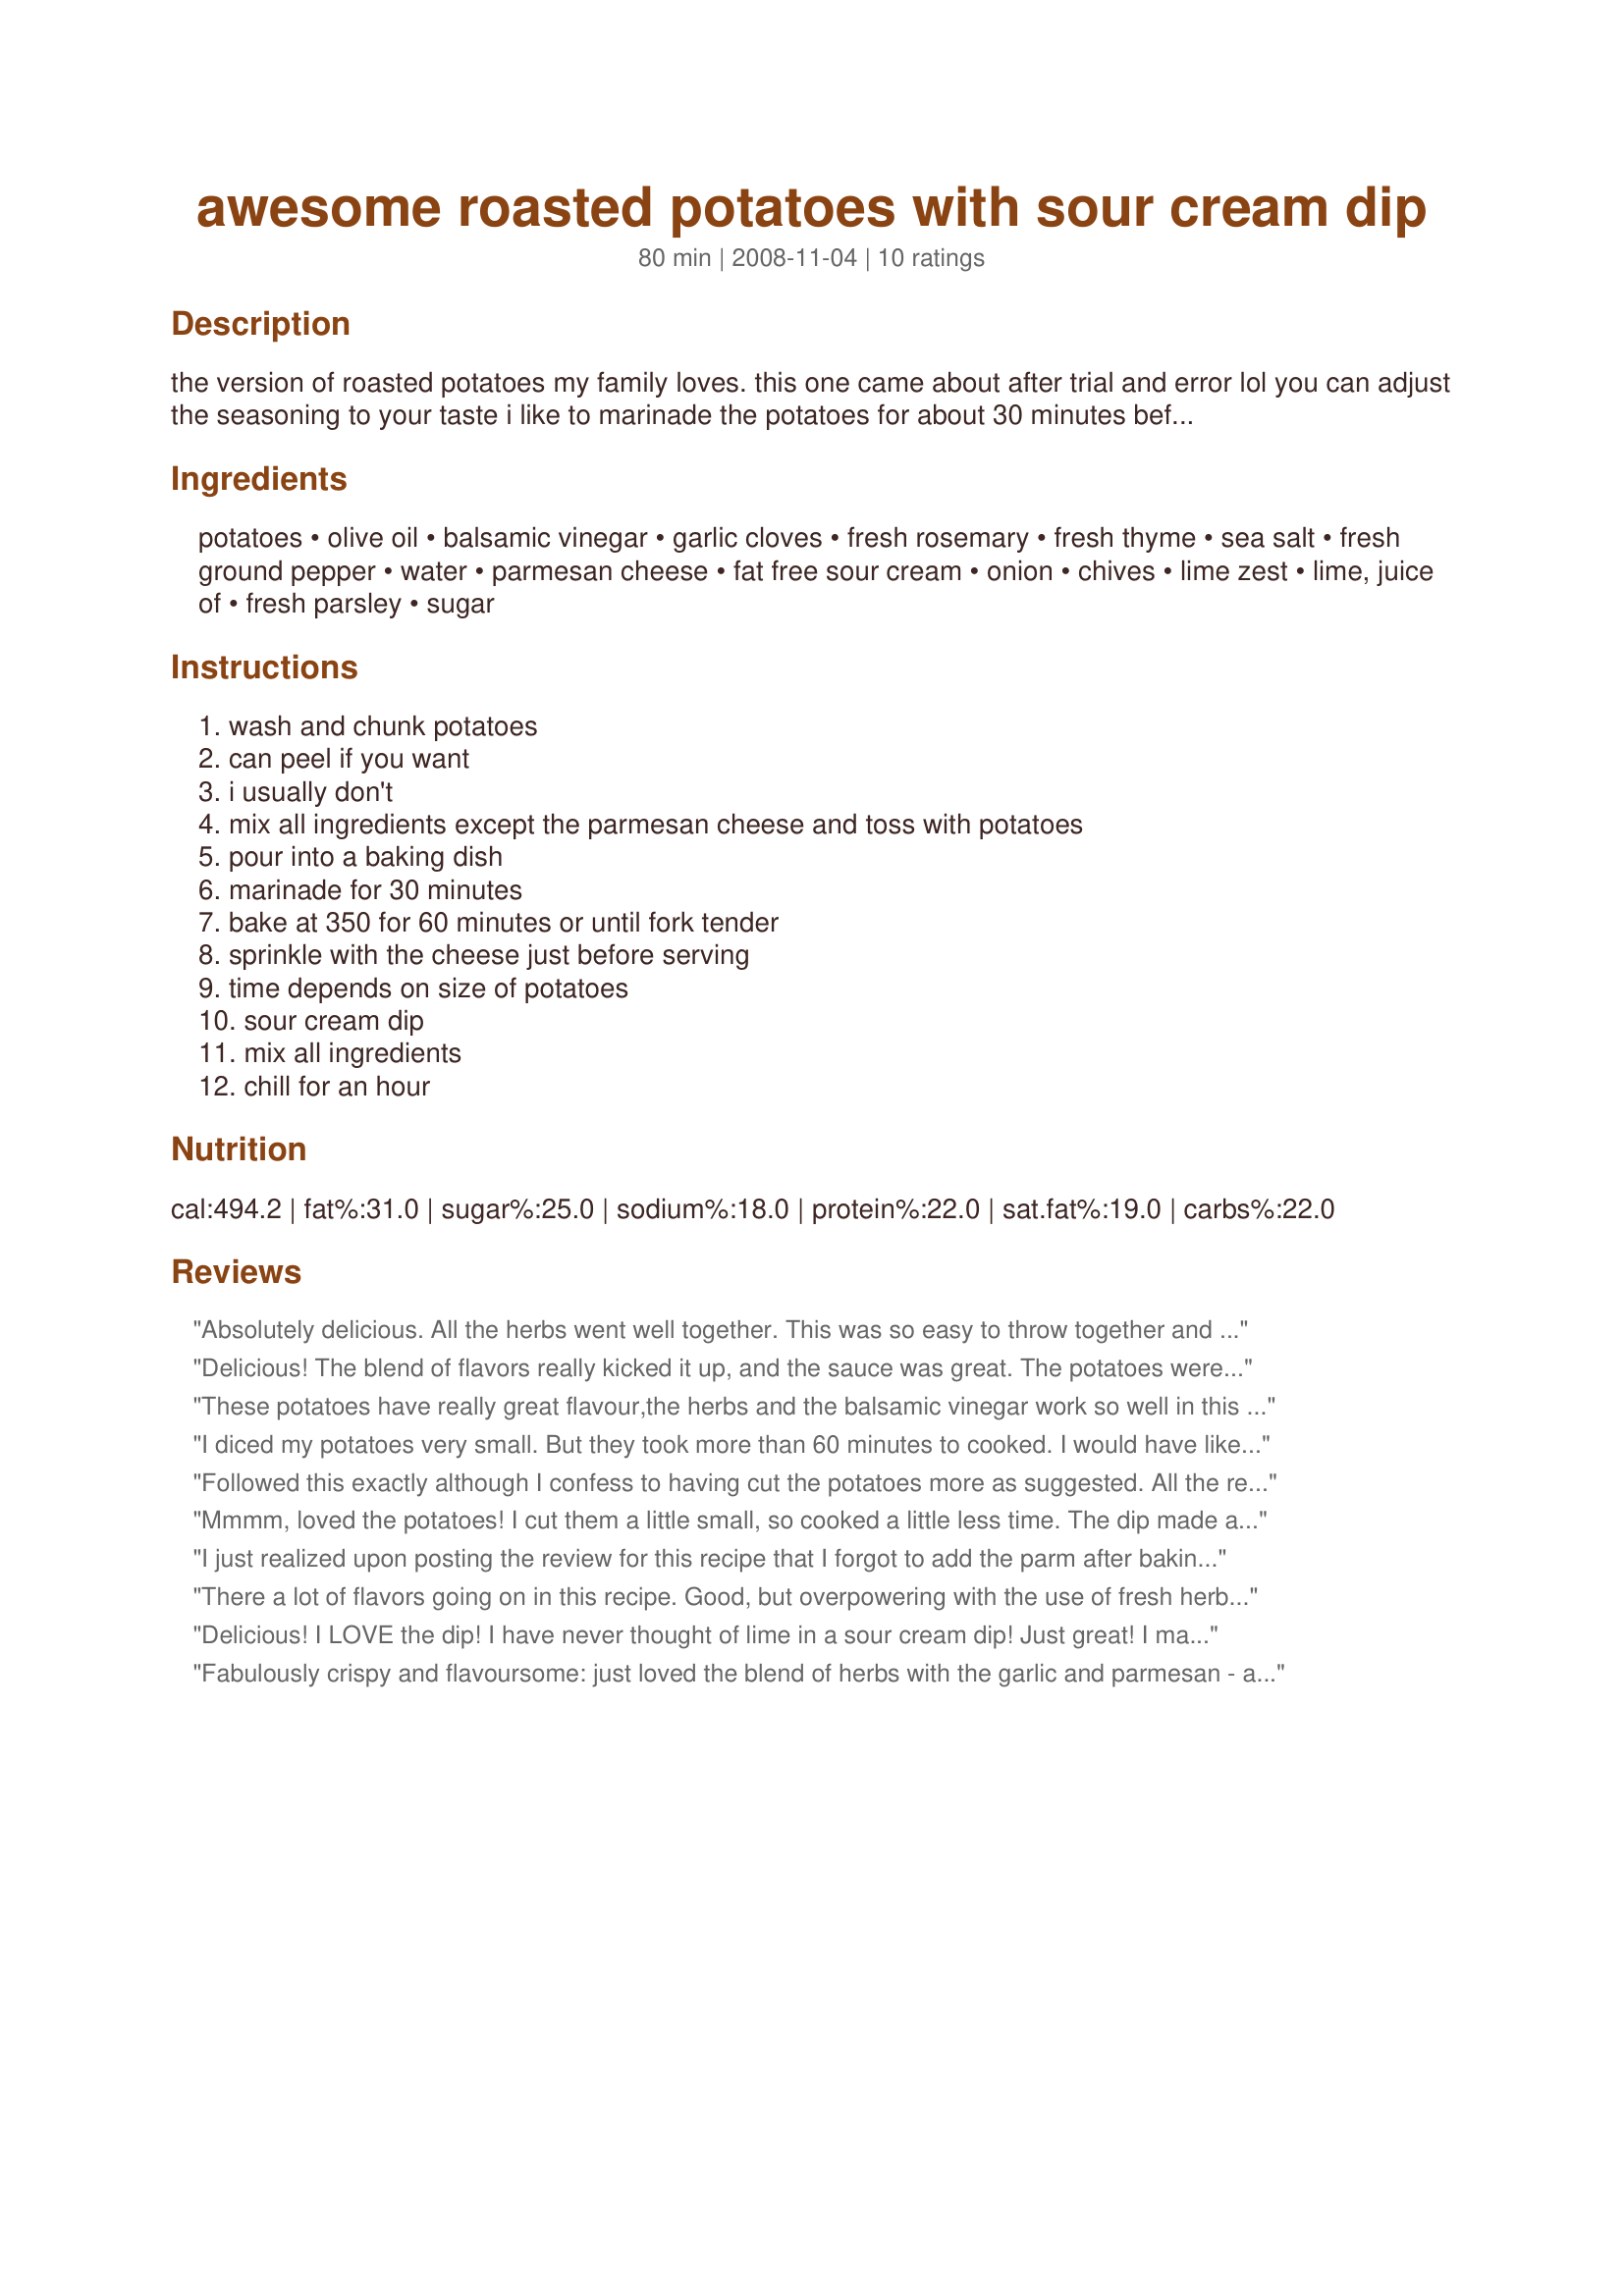
awesome roasted potatoes with sour cream dip
Preparation time: 80 minutes

the version of roasted potatoes my family loves.
this one came about after trial and error lol
you can adjust the seasoning to your taste
i like to marinade the potatoes for about 30 minutes before roasting

Ingredients:
potatoes, olive oil, balsamic vinegar, garlic cloves, fresh rosemary, fresh thyme, sea salt, fresh ground pepper, water, parmesan cheese, fat free sour cream, onion, chives, lime zest, lime, juice of, fresh parsley, sugar

Steps:
wash and chunk potatoes, can peel if you want, i usually don't, mix all ingredients except the parmesan cheese and toss with potatoes, pour into a baking dish, marinade for 30 minutes, bake at 350 for 60 minutes or until fork tender, sprinkle with the cheese just before serving, time depends on size of potatoes, sour cream dip, mix all ingredients, chill for an hour

Reviews:
Absolutely delicious. All the herbs went well together. This was so easy to throw together and the sauce was a great combination with the potatoes. I forgot to take photos with the sauce, but here are some photos.
Delicious! The blend of flavors really kicked it up, and the sauce was great. The potatoes were ready to go at the 60 minute mark, as stated. I did omit the salt from the potato seasoning (personal preference). Thanks for sharing!
These potatoes have really great flavour,the herbs and the balsamic vinegar work so well in this dish.
I,like Boomette,would have prefered them to crisp up a bit.I cooked them for over an hour,and turned the heat up considerably towards the end of cooking.
I also recommend that you turn them regularly to prevent them from sticking.
We did enjoy these potatoes,and will be making them again..so thanks for sharing WickedCook.
Made for 1-2-3 Hit Wonders.
I diced my potatoes very small. But they took more than 60 minutes to cooked. I would have like them to be crispy but we didn't have time to wait more. The taste of the spices was great, but for us there was a little bit too much olive oil. And they stuck to the pan. I think it would be better to stir them sometimes during the cooking time. You write to mix all ingredients and to toss, that's what I did. But after, I read to sprinkle the cheese on top of the cooked potatoes. Thanks WickedCook. Made for Holiday tag.
Followed this exactly although I confess to having cut the potatoes more as suggested. All the really wonderful tastes from the special seasonings melt right into the potatoes. I did stir them and used a bit of extra cooking spray so they didn't stick. Very yummy....the dip is completely great too with the chives, and onions, I used light sour cream instead of Fat free. A great taste sensation, wickedcook! Made for *Everyday is a Holiday* January 2009.
Mmmm, loved the potatoes! I cut them a little small, so cooked a little less time. The dip made a nice compliment to the potatoes. Thanks!
I just realized upon posting the review for this recipe that I forgot to add the parm after baking. :-( Darn...I'm sure it would have really upped the flavor and as is they had a great taste. The thyme and rosemary really comes thru nicely. I used dried. The dip could have used maybe a touch of salt, but this is purely preference. Makes me angry that I"m sure I forgot the best part of the potato. Next time..
Made for HolidayTag.
There a lot of flavors going on in this recipe. Good, but overpowering with the use of fresh herbs. We diced our potatoes average sized, and after 1.5 hrs they still were not done so we finished them off in the microwave. We scaled 3.5 lbs of potatoes, and with the scant amount of dip (just a hair over 1/2 cup), we just added it and the parm to the cooked potatoes and tossed it all together. Next time we would reduce the amount of herbs and turn the oven up to 425-450F. Which is more common a temperature for potatoes. Everything we used was fresh, but we're sorry this one just didn't work out for us. We would recommend to others to give this recipe a try, as 7 prior reviews show a wonderful outcome. Thank you for giving us the opportunity of trying it. :)
Delicious! I LOVE the dip! I have never thought of lime in a sour cream dip! Just great! I made these potatoes (red new potatoes) to go along with Recipe #275448 and I am so pleased! These were a perfect addition! Thanks for posting wicked! I will make these potatoes again and again! Made for Every Day is a Holiday!
Fabulously crispy and flavoursome: just loved the blend of herbs with the garlic and parmesan - and we l-o-v-e-d the sour cream dip: enjoyed with Noo's Recipe #354141. In view of what earlier reviewers had said about cooking times, I cut my potatoes into probably about 3/4 inch pieces and they cooked up really crisp in less than the specified 60 minutes. I used low fat sour cream (but I'm going to try Greek yoghurt next time I make these); and what a wonderful surprise ingredient was the lime! Loved it! :) Thank you for sharing this wonderfully garlicky and flavoursome recipe, wicked cook!
